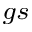
_ { g s }